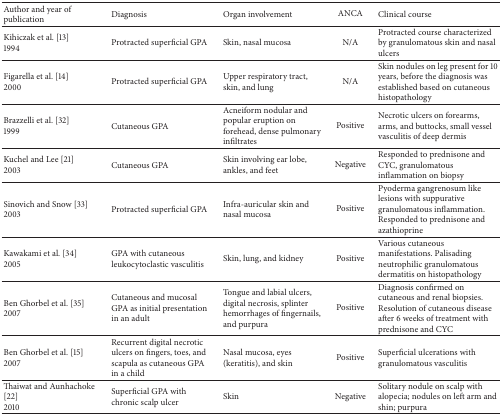
| Author and year of publication | Diagnosis | Organ involvement | ANCA | Clinical course |
 | --- | --- | --- | --- | --- |
 | Kihiczak et al. [13]1994 | Protracted superficial GPA | Skin, nasal mucosa | N/A | Protracted course characterized by granulomatous skin and nasal ulcers |
 | Figarella et al. [14] 2000 | Protracted superficial GPA | Upper respiratory tract, skin, and lung | N/A | Skin nodules on leg present for 10 years, before the diagnosis was established based on cutaneous histopathology |
 | Brazzelli et al. [32] 1999 | Cutaneous GPA | Acneiform nodular and popular eruption on forehead, dense pulmonary infiltrates | Positive | Necrotic ulcers on forearms, arms, and buttocks, small vessel vasculitis of deep dermis |
 | Kuchel and Lee [21]2003 | Cutaneous GPA | Skin involving ear lobe, ankles, and feet | Negative | Responded to prednisone and CYC, granulomatous inflammation on biopsy |
 | Sinovich and Snow [33]2003 | Protracted superficial GPA | Infra-auricular skin and nasal mucosa | Positive | Pyoderma gangrenosum like lesions with suppurative granulomatous inflammation. Responded to prednisone and azathioprine |
 | Kawakami et al. [34]2005 | GPA with cutaneous leukocytoclastic vasculitis | Skin, lung, and kidney | Positive | Various cutaneous manifestations. Palisading neutrophilic granulomatous dermatitis on histopathology |
 | Ben Ghorbel et al. [35]2007 | Cutaneous and mucosal GPA as initial presentation in an adult | Tongue and labial ulcers, digital necrosis, splinter hemorrhages of fingernails, and purpura | Positive | Diagnosis confirmed on cutaneous and renal biopsies. Resolution of cutaneous disease after 6 weeks of treatment with prednisone and CYC |
 | Ben Ghorbel et al. [15]2007 | Recurrent digital necrotic ulcers on fingers, toes, and scapula as cutaneous GPA in a child | Nasal mucosa, eyes (keratitis), and skin | Positive | Superficial ulcerations with granulomatous vasculitis |
 | Thaiwat and Aunhachoke [22] 2010 | Superficial GPA with chronic scalp ulcer | Skin | Negative | Solitary nodule on scalp with alopecia; nodules on left arm and shin; purpura |